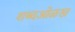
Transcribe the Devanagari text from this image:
शब्दओळख